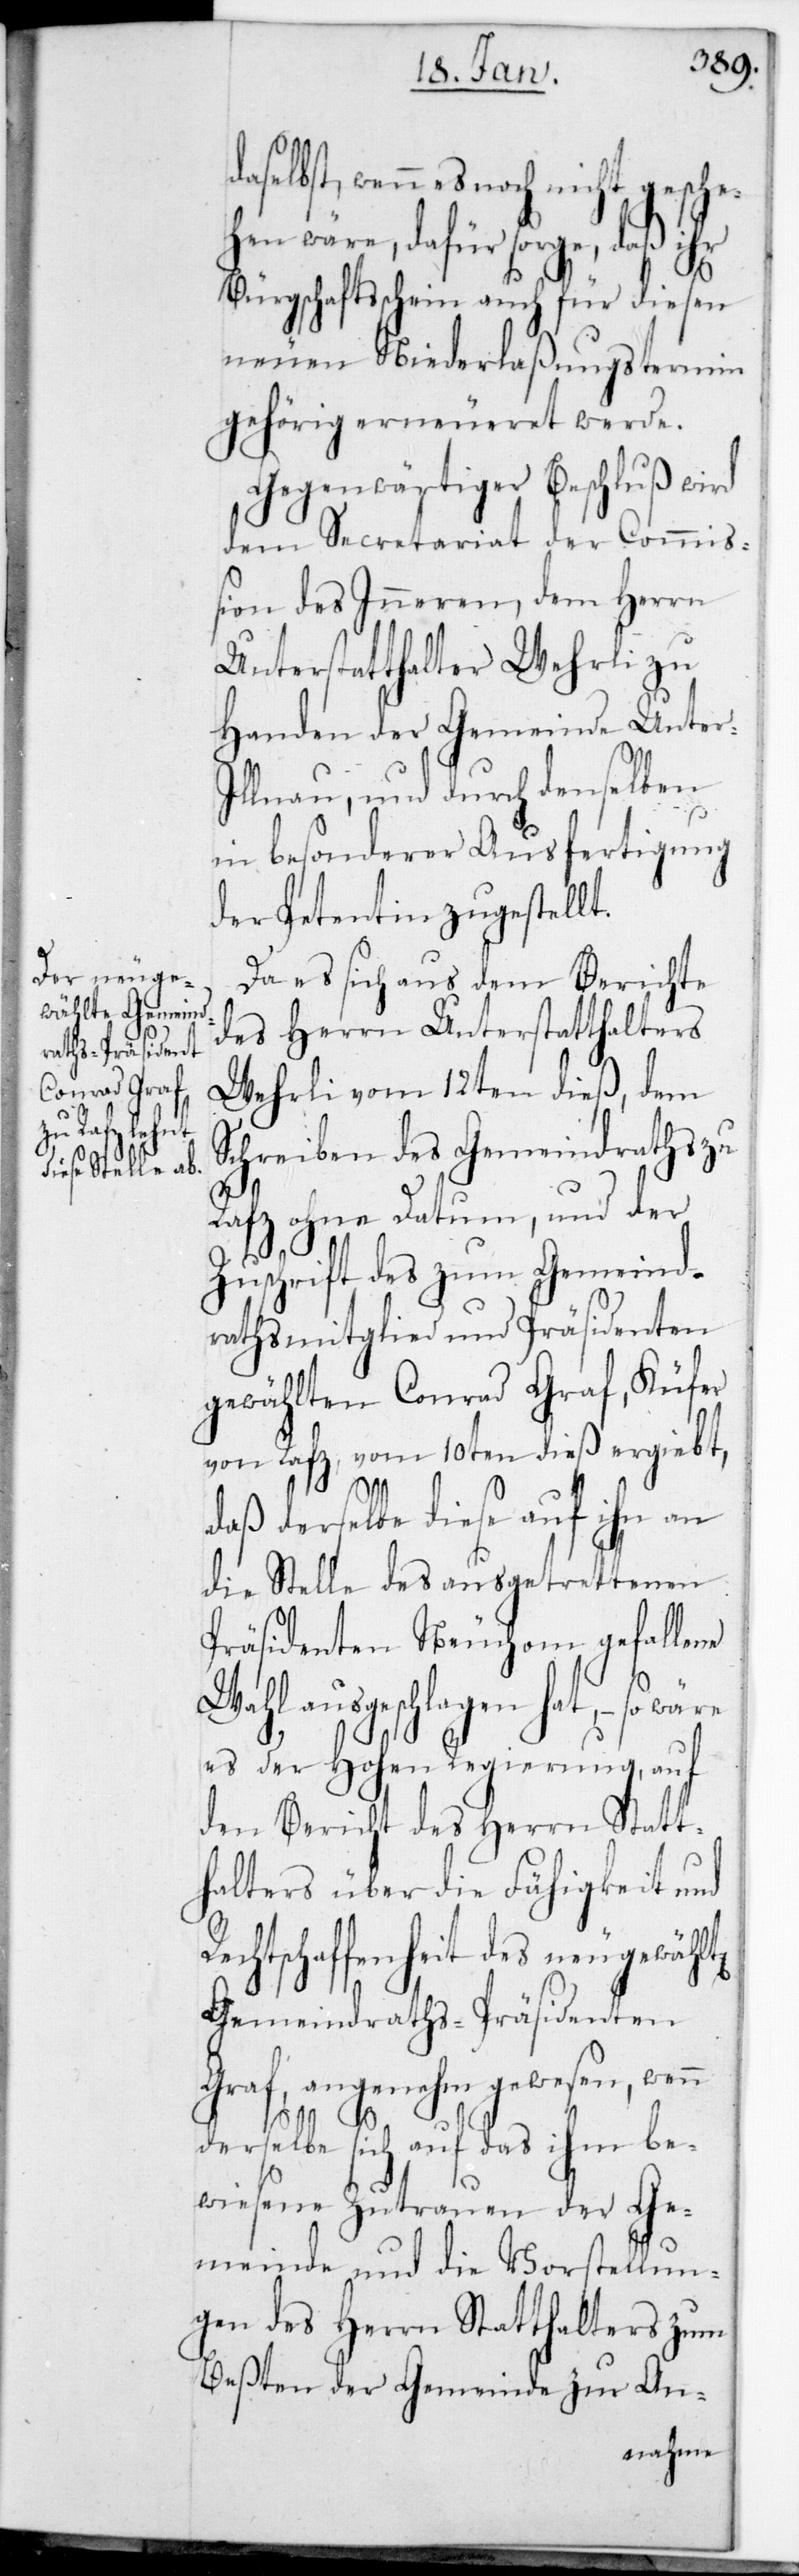
aselbst, wenn es noch nicht gesche¬
hen wäre, dafür sorge, daß ihr
Bürgschaftsschein auch für diesen
neuen Niederlaßungstermin
gehörig erneueret werde.
Gegenwärtiger Beschluß wird
dem Secretariat der Commiß¬
ion des Inneren, dem Herrn
Unterstatthalter Wehrli zu
Handen der Gemeinde Unte¬
lnau, und durch denselben
in besonderer Ausfertigung
der Petentin zugestellt.
Da es sich aus dem Berichte
des Herrn Unterstatthalters
Wehrli vom 12ten dies, dem
Schreiben des Gemeindraths zu
ten
Rafz ohne Datum, und der
Zuschrift des zum Gemeind¬
rathsmitglied und Präsidenten
gewählten Conrad Graf, Küfer
von Rafz, vom 10ten dieß ergiebt,
daß derselbe diese auf ihn an
die Stelle des ausgetrettenen
Präsidenten Neuchom gefallene
Wahl ausgeschlagen hat, – so wäre
es der Hohen Regierung, auf
den Bericht des Herrn Statt¬
halters über die Fähigkeit und
echtschaffenheit des neugewähl¬
Gemeindraths-Präsidenten
Graf, angenehm gewesen, wenn
r-Il¬
derselbe sich auf das ihm be¬
wiesene Zutrauen der Ge¬
meinde und die Vorstellun¬
gen des Herrn Statthalters zum
Beßten der Gemeinde zur An-